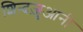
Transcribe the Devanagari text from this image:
शिन्दज़ुआनी